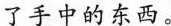
了手中的东西。